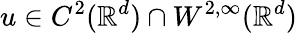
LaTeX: u\in C^{2}(\mathbb{R}^{d})\cap W^{2,\infty}(\mathbb{R}^{d})